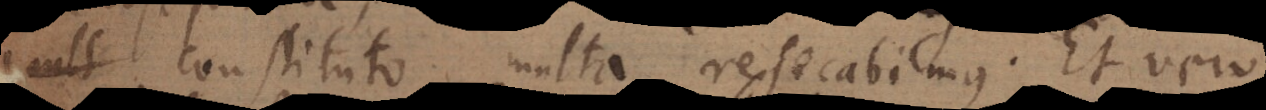
constituto multa resecabimus. Et vero